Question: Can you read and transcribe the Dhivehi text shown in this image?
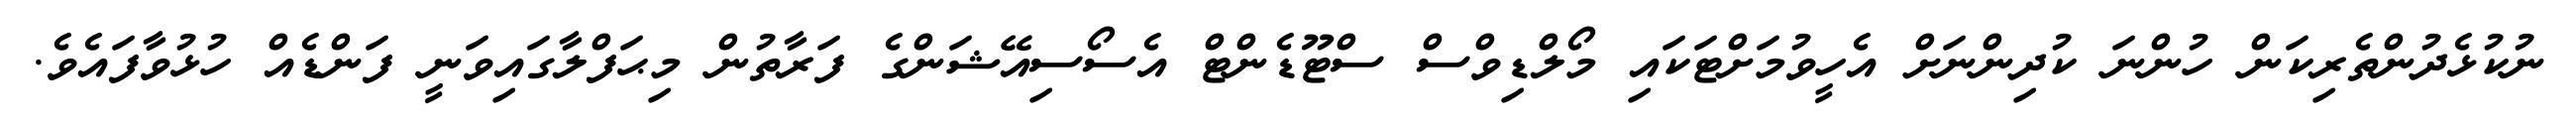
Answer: ނުކުޅެދުންތެރިކަން ހުންނަ ކުދިންނަށް އެހީވުމަށްޓަކައި މޯލްޑިވްސް ސްޓޫޑެންޓް އެސޯސިއޭޝަންގެ ފަރާތުން މިޙަފްލާގައިވަނީ ފަންޑެއް ހުޅުވާފައެވެ.